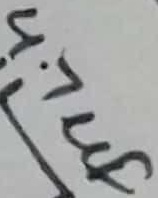
Text: 4.7µF